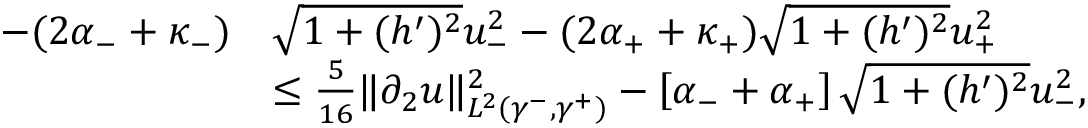
\begin{array} { r l } { - ( 2 \alpha _ { - } + \kappa _ { - } ) } & { \sqrt { 1 + ( h ^ { \prime } ) ^ { 2 } } u _ { - } ^ { 2 } - ( 2 \alpha _ { + } + \kappa _ { + } ) \sqrt { 1 + ( h ^ { \prime } ) ^ { 2 } } u _ { + } ^ { 2 } } \\ & { \leq \frac { 5 } { 1 6 } \| \partial _ { 2 } u \| _ { L ^ { 2 } ( \gamma ^ { - } , \gamma ^ { + } ) } ^ { 2 } - \left[ \alpha _ { - } + \alpha _ { + } \right] \sqrt { 1 + ( h ^ { \prime } ) ^ { 2 } } u _ { - } ^ { 2 } , } \end{array}